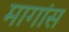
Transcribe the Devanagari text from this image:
मागांस